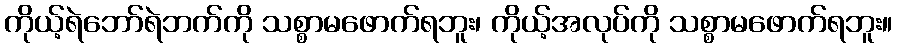
ကိုယ့်ရဲဘော်ရဲဘက်ကို သစ္စာမဖောက်ရဘူး၊ ကိုယ့်အလုပ်ကို သစ္စာမဖောက်ရဘူး။